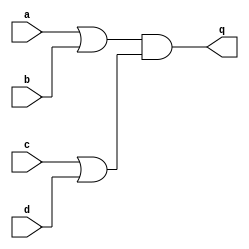
module circuit3 (
    input a,
    input b,
    input c,
    input d,
    output q
);

    assign q = (a || b) && (c || d);

endmodule